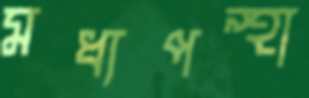
মধ্যপন্থা